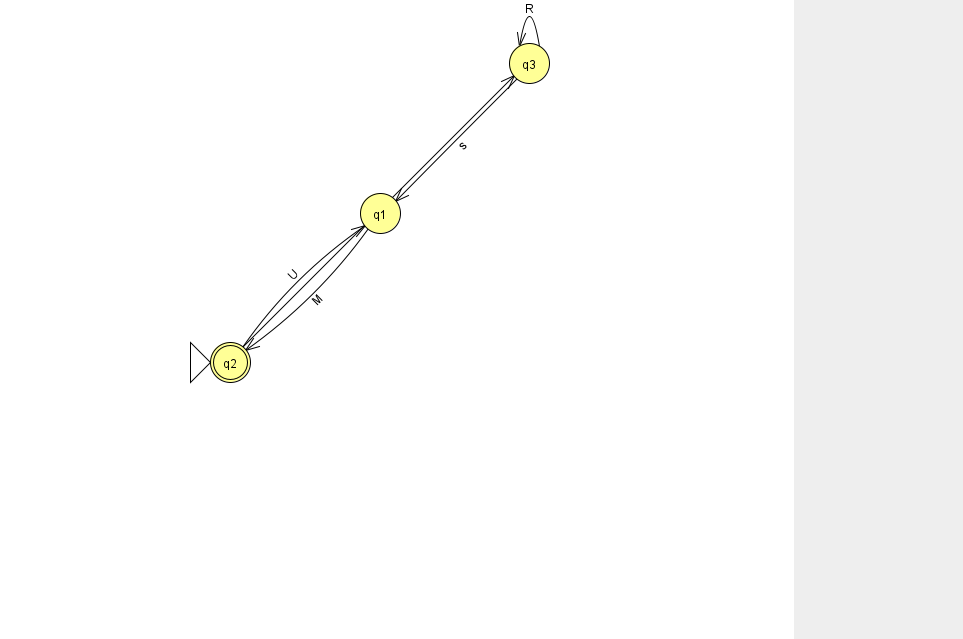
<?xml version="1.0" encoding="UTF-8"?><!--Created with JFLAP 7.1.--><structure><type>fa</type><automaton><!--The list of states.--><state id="1" name="q1"><x>380.0</x><y>200.0</y></state><state id="2" name="q2"><x>230.0</x><y>349.0</y><initial/><final/></state><state id="3" name="q3"><x>529.0</x><y>50.0</y></state><!--The list of transitions.--><transition><from>3</from><to>3</to><read>R</read></transition><transition><from>2</from><to>3</to><read>x</read></transition><transition><from>2</from><to>1</to><read>U</read></transition><transition><from>1</from><to>2</to><read>M</read></transition><transition><from>3</from><to>1</to><read>s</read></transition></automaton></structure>